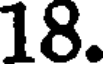
18.